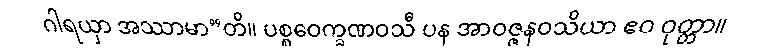
ဂါရယှာ အဿာမာ”တိ။ ပစ္စဝေက္ခဏဝသီ ပန အာဝဇ္ဇနဝသိယာ ဧဝ ဝုတ္တာ။